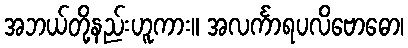
အဘယ်တို့နည်းဟူကား။ အလင်္ကာရပလိဗောဓော၊